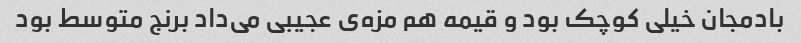
بادمجان خیلی کوچک بود و قیمه هم مزه‌ی عجیبی می‌داد برنج متوسط بود